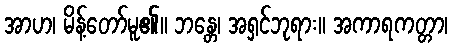
အာဟ၊ မိန့်တော်မူ၏။ ဘန္တေ၊ အရှင်ဘုရား။ အကာရကတ္တာ၊